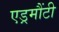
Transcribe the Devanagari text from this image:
एड्रमौंटी